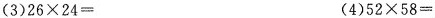
(3)$$26 \times 24=$$(4)$$52 \times 58=$$